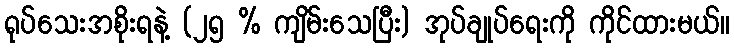
ရုပ်သေးအစိုးရနဲ့ (၂၅ % ကျိမ်းသေပြီး) အုပ်ချုပ်ရေးကို ကိုင်ထားမယ်။